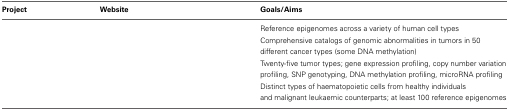
<table><thead><tr><td><b>Project</b></td><td><b>Website</b></td><td><b>Goals/Aims</b></td></tr></thead><tbody><tr><td>[EMPTY_CELL]</td><td>[EMPTY_CELL]</td><td>Reference epigenomes across a variety of human cell types</td></tr><tr><td>[EMPTY_CELL]</td><td>[EMPTY_CELL]</td><td>Comprehensive catalogs of genomic abnormalities in tumors in 50 different cancer types (some DNA methylation)</td></tr><tr><td>[EMPTY_CELL]</td><td>[EMPTY_CELL]</td><td>Twenty-five tumor types; gene expression profiling, copy number variation profiling, SNP genotyping, DNA methylation profiling, microRNA profiling</td></tr><tr><td>[EMPTY_CELL]</td><td>[EMPTY_CELL]</td><td>Distinct types of haematopoietic cells from healthy individuals and malignant leukaemic counterparts; at least 100 reference epigenomes</td></tr></tbody></table>